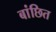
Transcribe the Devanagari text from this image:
बांछित